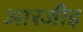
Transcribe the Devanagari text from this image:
आरजीइ